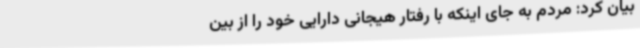
بیان کرد: مردم به جای اینکه با رفتار هیجانی دارایی خود را از بین